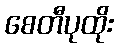
စေတီပုထိုး